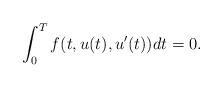
LaTeX: \begin{align*}\int_0^T f(t,u(t),u'(t))dt=0.\end{align*}